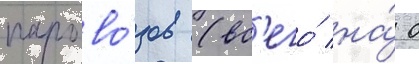
парово́зов (вс'его́ на́ 0